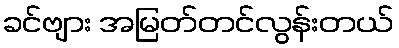
ခင်ဗျား အမြတ်တင်လွန်းတယ်